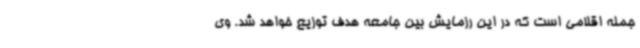
جمله اقلامی است که در این رزمایش بین جامعه هدف توزیع خواهد شد. وی